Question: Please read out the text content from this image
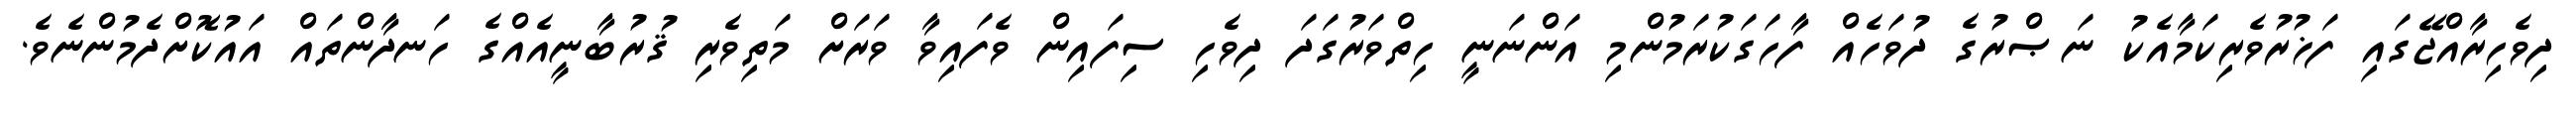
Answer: ދިވެހިރާއްޖޭގައި ފަޚުރުވެރިކަމާއެކު ނަޞްރުގެ ދުވަހެއް ފާހަގަކުރަމުންމި އަންނަނީ ހިތްވަރުގަދަ ދިވެހި ސިފައިން ވެފައިވާ ވަރަށް މަތިވެރި ޤުރުބާނީއެއްގެ ހަނދާންތައް އައުކޮށްދެމުންނެވެ.